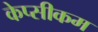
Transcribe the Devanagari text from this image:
केप्सीकम